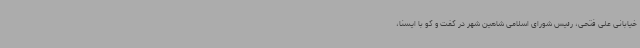
خیابانی علی فتحی، رئیس شورای اسلامی شاهین شهر در گفت و گو با ایسنا،